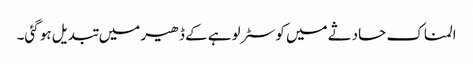
المناک حادثے میں کوسٹر لوہے کے ڈھیر میں تبدیل ہو گئی۔